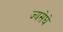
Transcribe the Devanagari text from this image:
ज्यसेघे